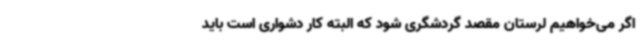
اگر می‌خواهیم لرستان مقصد گردشگری شود که البته کار دشواری است باید